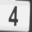
Digit: 4